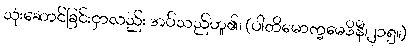
သုံးဆောင်ခြင်းငှာလည်း အပ်သည်ဟူ၏၊ (ပါတိမောက္ခမေဒိနီ၊၂၁၅။)